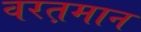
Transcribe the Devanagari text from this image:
वरत़़मान